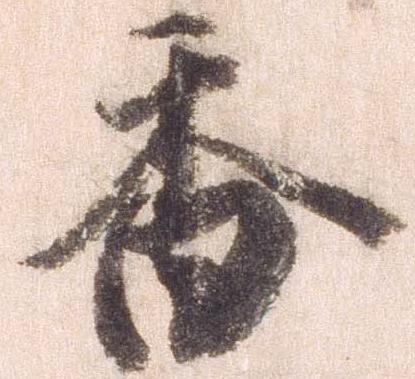
香